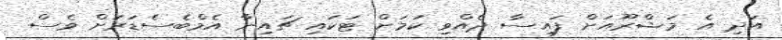
އަދި އެ މަޝްރޫއަށް ފައިސާ ދެއްވި ކަމަށް ޓަކައި ޗައިނާ އެމްބެސެޑަރަށް ވެސް